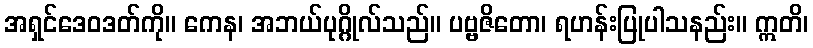
အရှင်ဒေဝဒတ်ကို။ ကေန၊ အဘယ်ပုဂ္ဂိုလ်သည်။ ပဗ္ဗဇိတော၊ ရဟန်းပြုပါသနည်း။ ဣတိ၊